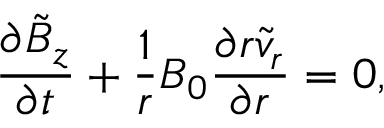
\frac { \partial \tilde { B } _ { z } } { \partial t } + \frac { 1 } { r } B _ { 0 } \frac { \partial r \tilde { v } _ { r } } { \partial r } = 0 ,